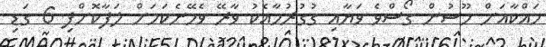
މައްކާއަށް މޫސުން ގޯސްވެ ވަޔާއި ގުގުރުމާއެކު ވާރޭ ވެހޭނެކަމަށް ލަފާކޮށްފި 6 ގަޑި